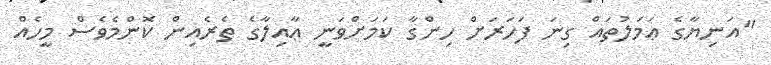
"އަނިޔާގެ ޢަމަލުތައް ގިނަ ފަހަރަށް ހިންގާ ކަމަށްވަނީ ޢާއިލާގެ ތެރެއިން ކޮންމެވެސް މީހެއް